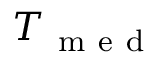
T _ { \mathrm { ~ m ~ e ~ d ~ } }